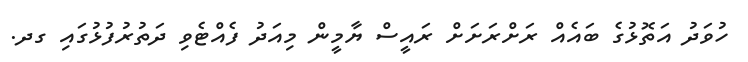
ހުވަދު އަތޮޅުގެ ބައެއް ރަށްރަަށަށް ރައީސް ޔާމީން މިއަދު ފެއްޓެވި ދަތުރުފުޅުގައި ގދ.